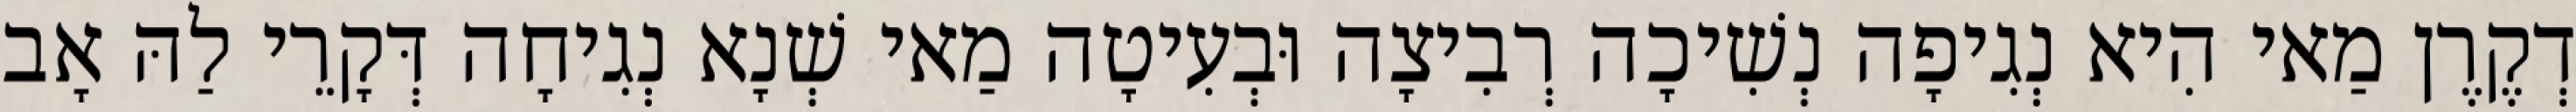
דְקֶרֶן מַאי הִיא נְגִיפָה נְשִׁיכָה רְבִיצָה וּבְעִיטָה מַאי שְׁנָא נְגִיחָה דְּקָרֵי לַהּ אָב